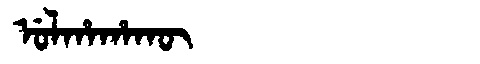
Manchu: ᡠᠯᡥᠠᡥᠠᡴᡡ
Romanization: ULHAHAKŪ